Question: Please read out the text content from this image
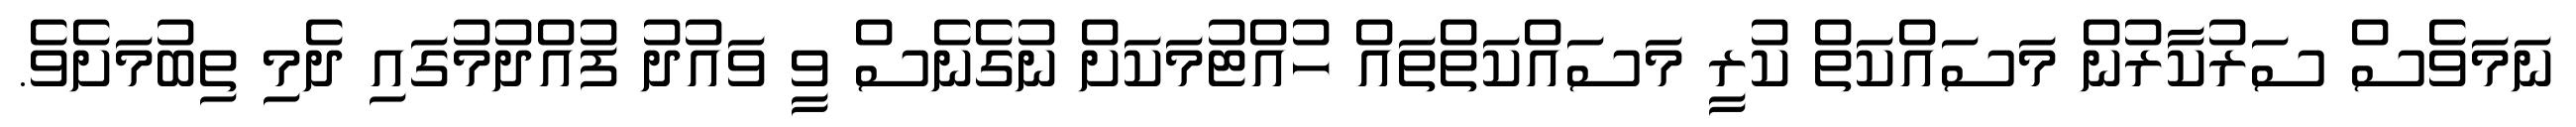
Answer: ނަމަވެސް ސަރުކާރުން މަސައްކަތް ކުރީ މަސައްކަތްތައް ހުއްޓުމަކަށް ނުގެނެސް ވީ ވައުދު ފުއްދުމުގައި ދެމި ތިބުމަށެވެ.